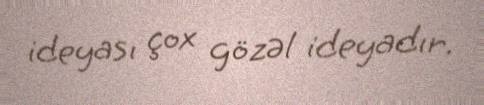
ideyası çox gözəl ideyadır.